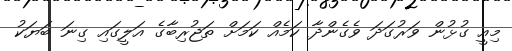
މިއީ ގުޅުން ވަރުގަދަ ވެގެންދާ ކަމެއް ކަމަށް ތަޖުރިބާގެ އަލީގައި ގިނަ ބަޔަކު